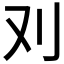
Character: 𠚫